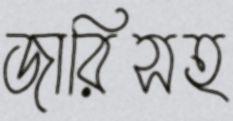
জারিসহ